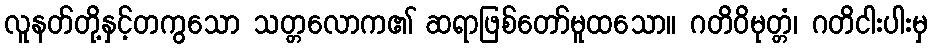
လူနတ်တို့နှင့်တကွသော သတ္တလောက၏ ဆရာဖြစ်တော်မူထသော။ ဂတိဝိမုတ္တံ၊ ဂတိငါးပါးမှ